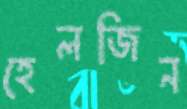
হেলজিন